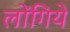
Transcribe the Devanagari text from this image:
लोंगिये